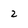
Character: 2